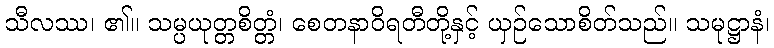
သီလဿ၊ ၏။ သမ္ပယုတ္တစိတ္တံ၊ စေတနာဝိရတီတို့နှင့် ယှဉ်သောစိတ်သည်။ သမုဋ္ဌာနံ၊